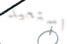
استعيد